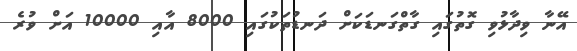
އޭނާ ވިދާޅުވި ގޮތުގައި ގާތްގަނޑަކަށް ދަނޑުތަކުގައި 8000 އާއި 10000 އަށް ވުރެ